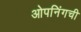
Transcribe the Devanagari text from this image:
ओपनिंगची